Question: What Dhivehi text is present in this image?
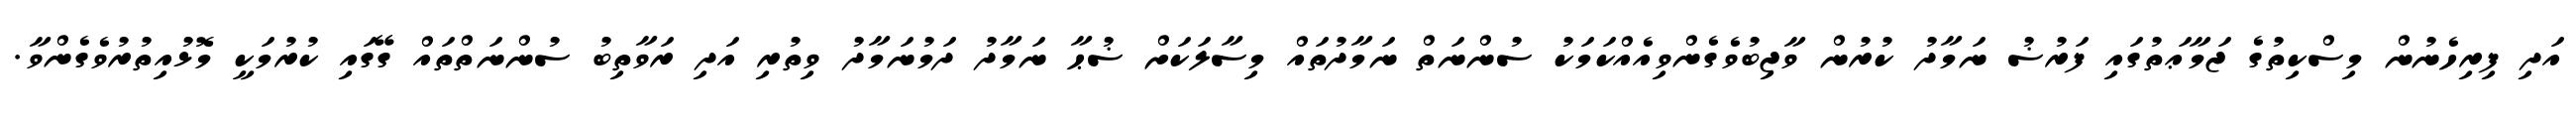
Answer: އަދި ފިރިހެނުން މިސްކިތުގެ ޖަމާޢަތުގައި ފަރުޟު ނަމާދު ކުރުން ވާޖިބުވެގެންވިއެއްކަމަކު ސުންނަތް ނަމާދުތައް މިސާލަކަށް ޟުޙާ ނަމާދު ދަމުނަމާދު ވިތުރި އަދި ރަވާތިބު ސުންނަތްތައް ގޭގައި ކުރުމަކީ މޮޅުއިތުރުވެގެންވާ.